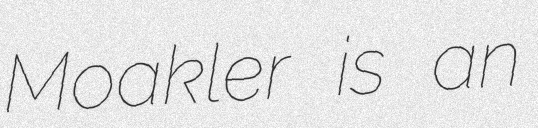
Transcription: Moakler is an